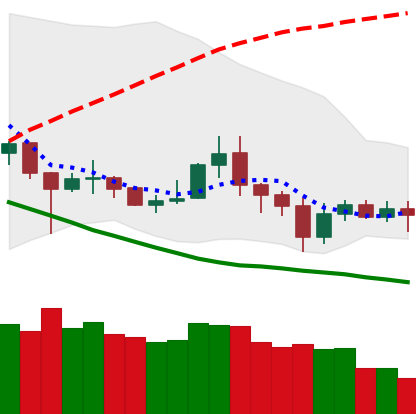
Ticker: NEO-USD
Chart end date: 2020-07-02
Forward return: 4.423%
Label: up_3_5